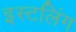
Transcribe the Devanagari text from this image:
इस्टलिंग